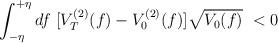
LaTeX: \begin{align*}\int_{-\eta}^{+\eta} df ~ [ V_T^{(2)} (f) - V_0^{(2)} (f) ] \sqrt{V_0 (f)} ~ < 0\end{align*}